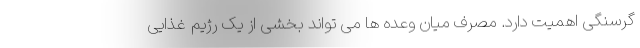
گرسنگی اهمیت دارد. مصرف میان وعده ها می تواند بخشی از یک رژیم غذایی